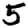
Digit: 5